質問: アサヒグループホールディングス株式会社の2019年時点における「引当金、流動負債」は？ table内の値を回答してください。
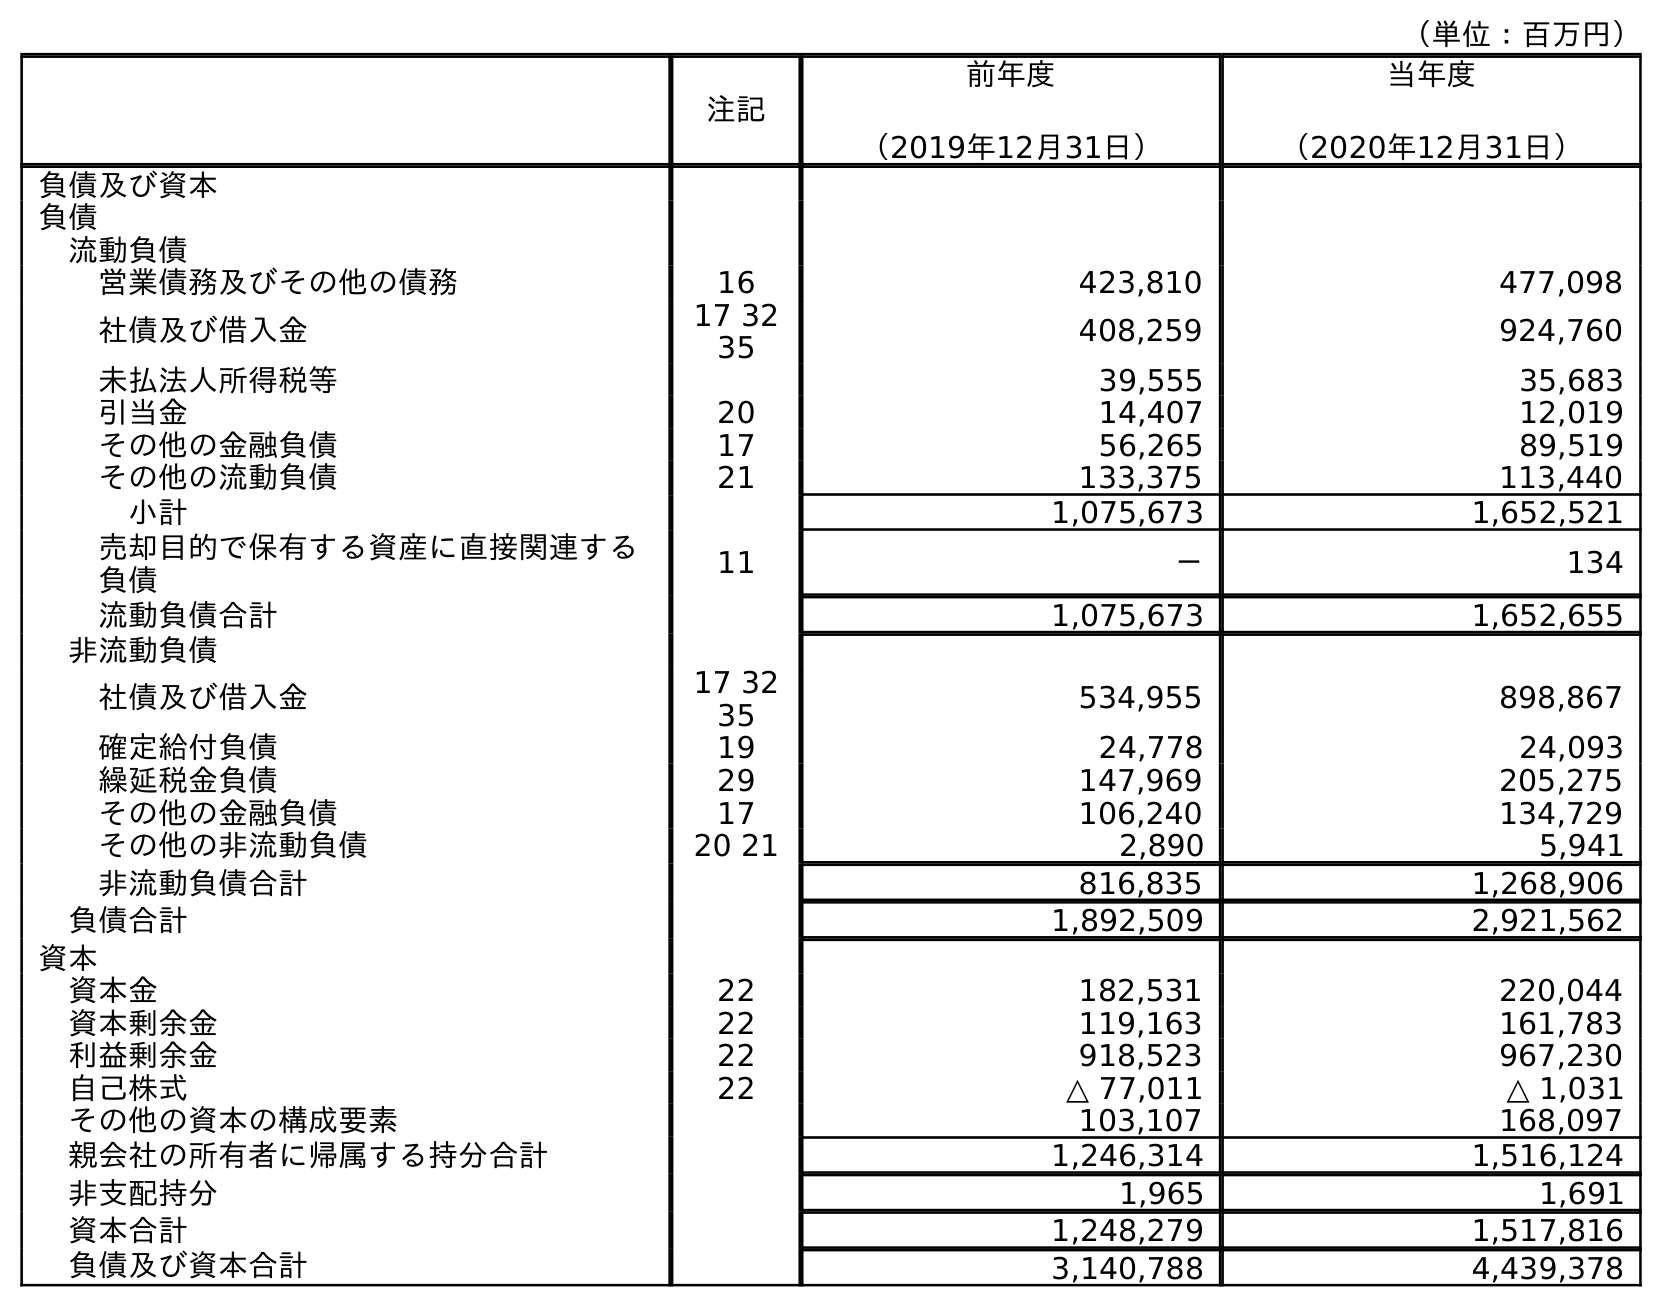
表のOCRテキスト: （単位：百万円） 注記 前年度 （2019年12月31日） 当年度 （2020年12月31日） 負債及び資本 負債 流動負債 営業債務及びその他の債務 16 423,810 477,098 社債及び借入金 17 32 35 408,259 924,760 未払法人所得税等 39,555 35,683 引当金 20 14,407 12,019 その他の金融負債 17 56,265 89,519 その他の流動負債 21 133,375 113,440 小計 1,075,673 1,652,521 売却目的で保有する資産に直接関連する 負債 11 － 134 流動負債合計 1,075,673 1,652,655 非流動負債 社債及び借入金 17 32 35 534,955 898,867 確定給付負債 19 24,778 24,093 繰延税金負債 29 147,969 205,275 その他の金融負債 17 106,240 134,729 その他の非流動負債 20 21 2,890 5,941 非流動負債合計 816,835 1,268,906 負債合計 1,892,509 2,921,562 資本 資本金 22 182,531 220,044 資本剰余金 22 119,163 161,783 利益剰余金 22 918,523 967,230 自己株式 22 △ 77,011 △ 1,031 その他の資本の構成要素 103,107 168,097 親会社の所有者に帰属する持分合計 1,246,314 1,516,124 非支配持分 1,965 1,691 資本合計 1,248,279 1,517,816 負債及び資本合計 3,140,788 4,439,378
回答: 14,407